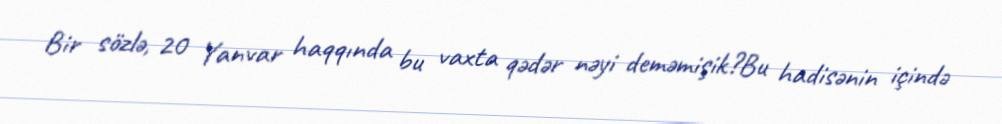
Bir sözlə, 20 Yanvar haqqında bu vaxta qədər nəyi deməmişik?Bu hadisənin içində